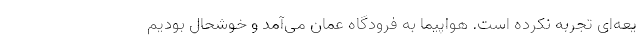
یعه‌ای تجربه نکرده است. هواپیما به فرودگاه عمان می‌آمد و خوشحال بودیم